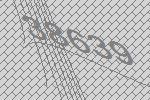
38639